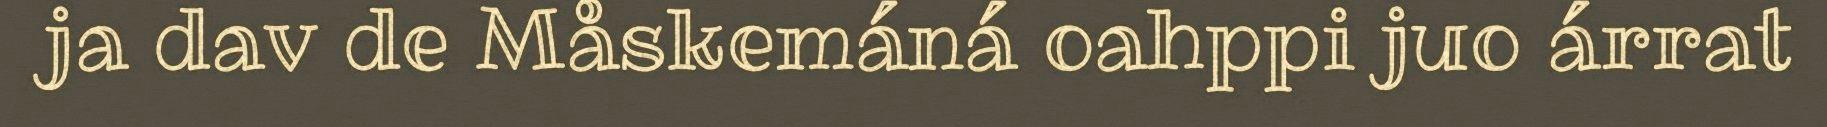
ja dav de Måskemáná oahppi juo árrat